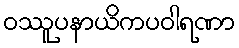
ဝဿူပနာယိကပဝါရဏာ